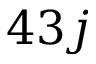
4 3 j